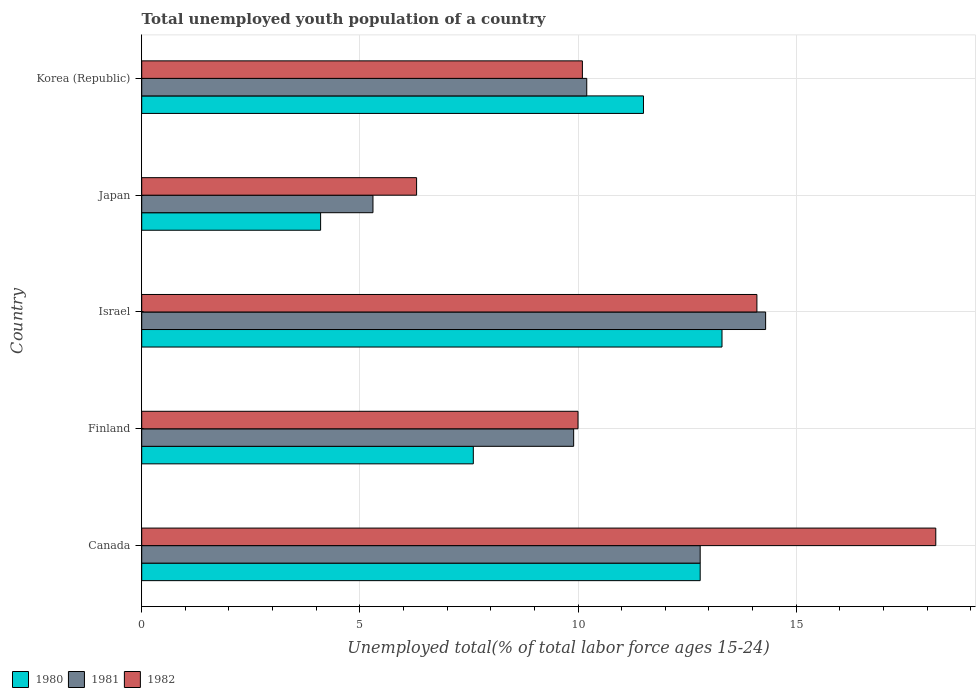
| Country | 1980 | 1981 | 1982 |
 | --- | --- | --- | --- |
 | Canada | 12.8 | 12.8 | 18.2 |
 | Finland | 7.6 | 9.9 | 10 |
 | Israel | 13.3 | 14.3 | 14.1 |
 | Japan | 4.1 | 5.3 | 6.3 |
 | Korea (Republic) | 11.5 | 10.2 | 10.1 |